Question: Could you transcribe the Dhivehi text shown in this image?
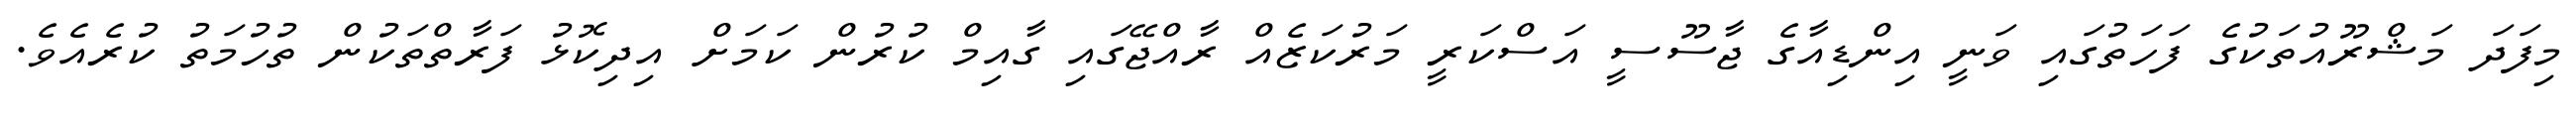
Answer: މިފަދަ މަޝްރޫއުތަކުގެ ފަހަތުގައި ވަނީ އިންޑިއާގެ ޖާސޫސީ އަސްކަރީ މަރުކަޒެއް ރާއްޖޭގައި ގާއިމް ކުރުން ކަމަށް އިދިކޮޅު ފަރާތްތަކުން ތުހުމަތު ކުރެއެވެ.